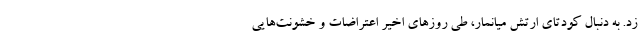
زد. به دنبال کودتای ارتش میانمار، طی روزهای اخیر اعتراضات و خشونت‌هایی